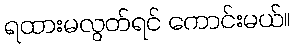
ရထားမလွတ်ရင် ကောင်းမယ်။